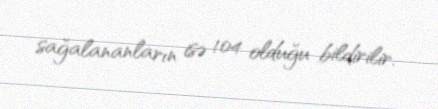
sağalananların isə 104 olduğu bildirilir.